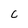
Character: c